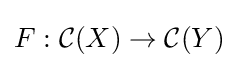
F:{\mathcal {C}}(X)\to {\mathcal {C}}(Y)